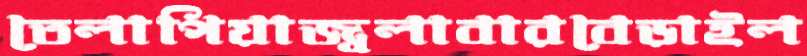
তেলাপিয়াজ্বলাবারবেড়াইল